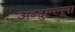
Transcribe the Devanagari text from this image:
अब्दुल्ल्ला